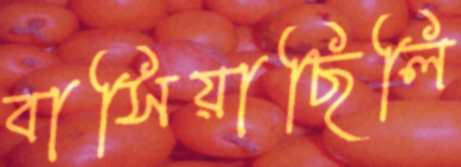
বাসিয়াছিলি